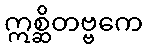
ဣစ္ဆိတဗ္ဗကေ